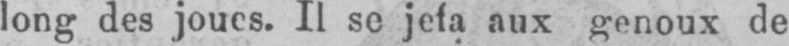
aux genoux de